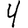
Digit: 4